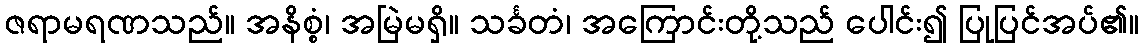
ဇရာမရဏသည်။ အနိစ္စံ၊ အမြဲမရှိ။ သင်္ခတံ၊ အကြောင်းတို့သည် ပေါင်း၍ ပြုပြင်အပ်၏။